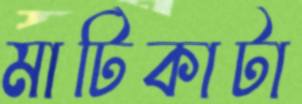
মাটিকাটা